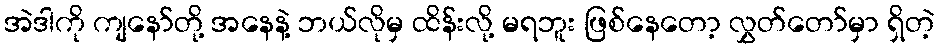
အဲဒါကို ကျနော်တို့ အနေနဲ့ ဘယ်လိုမှ ထိန်းလို့ မရဘူး ဖြစ်နေတော့ လွှတ်တော်မှာ ရှိတဲ့